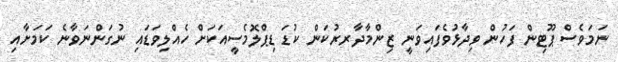
ނަމަވެސް ޕޫޓިން ފަހުން ވިދާޅުވެފައިވަނީ ޒިންމާދާރރުކަން ކުޑަ ޑިޕްލޮމެސީއަކަށް ހެއްލިވަޑައި ނުގަންނަވާނެ ކަމަށާއި